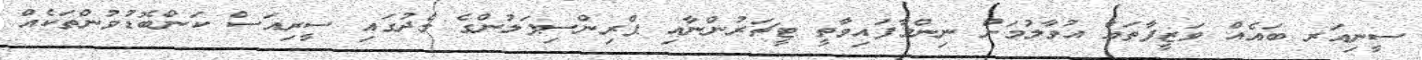
ސީނިއަރ ބައެއް ވަޒީފާތައް އުވާލުމަށް ނިންމާފައިވާތީ ޓީޗަރުންނާއި ޕްރިންސިޕަލުންގެ މެދުގައި ސީރިއަސް ކަންބޮޑުވުންތަކެއް